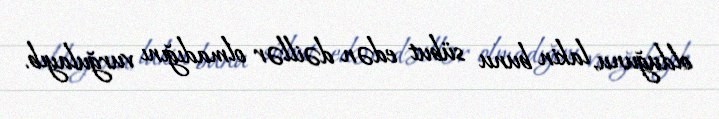
olduğunu, lakin bunu sübut edən dəillər olmadığını vurğulayıb.